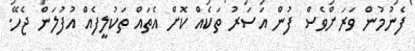
ފެނުމުން ވަރަށްވެސް ފުން އަސަރު ތަކެއް ކޮށް އެތައް ތަކުލީފެއް އުފުލަން ޖެހޭ.